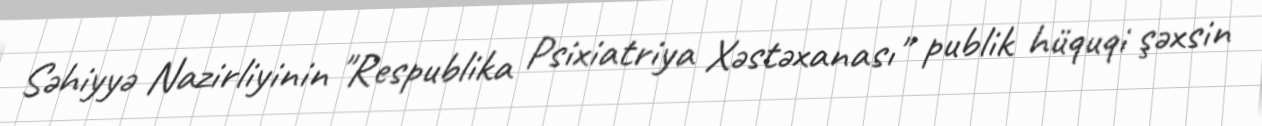
Səhiyyə Nazirliyinin "Respublika Psixiatriya Xəstəxanası" publik hüquqi şəxsin